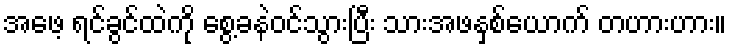
အဖေ့ ရင်ခွင်ထဲကို စွေ့ခနဲဝင်သွားပြီး သားအဖနှစ်ယောက် တဟားဟား။